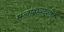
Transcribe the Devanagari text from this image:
मलाशयदर्शन